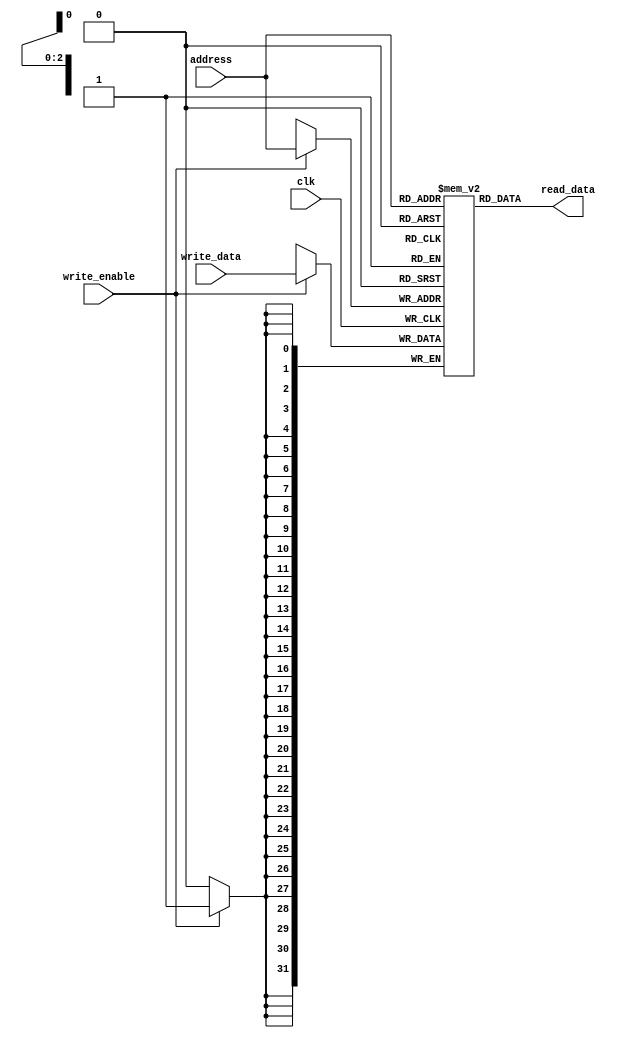
`timescale 1ns / 1ps

module mainMemory
#(parameter address_length = 3)
	(
	input wire [address_length - 1 : 0] address,
	input wire [31 : 0] write_data,
	input wire write_enable,
	input wire clk,
	
	output reg [31 : 0] read_data
    );
	
	localparam number_of_registers = 2**address_length;
	 
	reg [31 : 0] memory [number_of_registers - 1 : 0];
	 
	always @(address)
	begin
		read_data <= memory[address];
	end
		
	always @(posedge clk)
	begin
		//read_data <= memory[address];
		if(write_enable)
		begin
			memory[address] <= write_data;
		end
	end

endmodule